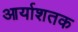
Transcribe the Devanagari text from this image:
आर्याशतक